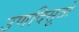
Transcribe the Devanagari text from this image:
उणदिसूत्रों